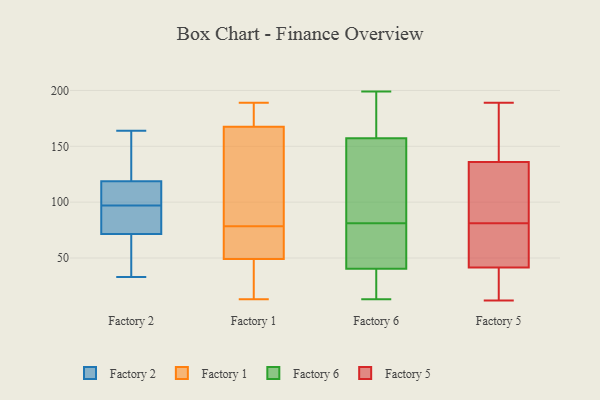
{"axis": {"x": "Headcount", "y": "Value"}, "legend": ["Factory 1", "Factory 2", "Factory 5", "Factory 6"], "data": [{"x": "", "y": 115, "type": "Factory 2"}, {"x": "", "y": 162, "type": "Factory 2"}, {"x": "", "y": 73, "type": "Factory 2"}, {"x": "", "y": 33, "type": "Factory 2"}, {"x": "", "y": 106, "type": "Factory 2"}, {"x": "", "y": 164, "type": "Factory 2"}, {"x": "", "y": 120, "type": "Factory 2"}, {"x": "", "y": 97, "type": "Factory 2"}, {"x": "", "y": 82, "type": "Factory 2"}, {"x": "", "y": 102, "type": "Factory 2"}, {"x": "", "y": 156, "type": "Factory 2"}, {"x": "", "y": 34, "type": "Factory 2"}, {"x": "", "y": 71, "type": "Factory 2"}, {"x": "", "y": 62, "type": "Factory 2"}, {"x": "", "y": 87, "type": "Factory 2"}, {"x": "", "y": 89, "type": "Factory 1"}, {"x": "", "y": 15, "type": "Factory 1"}, {"x": "", "y": 183, "type": "Factory 1"}, {"x": "", "y": 159, "type": "Factory 1"}, {"x": "", "y": 54, "type": "Factory 1"}, {"x": "", "y": 63, "type": "Factory 1"}, {"x": "", "y": 176, "type": "Factory 1"}, {"x": "", "y": 189, "type": "Factory 1"}, {"x": "", "y": 60, "type": "Factory 1"}, {"x": "", "y": 73, "type": "Factory 1"}, {"x": "", "y": 16, "type": "Factory 1"}, {"x": "", "y": 44, "type": "Factory 1"}, {"x": "", "y": 91, "type": "Factory 1"}, {"x": "", "y": 180, "type": "Factory 1"}, {"x": "", "y": 38, "type": "Factory 1"}, {"x": "", "y": 13, "type": "Factory 1"}, {"x": "", "y": 75, "type": "Factory 1"}, {"x": "", "y": 121, "type": "Factory 1"}, {"x": "", "y": 180, "type": "Factory 1"}, {"x": "", "y": 82, "type": "Factory 1"}, {"x": "", "y": 19, "type": "Factory 6"}, {"x": "", "y": 199, "type": "Factory 6"}, {"x": "", "y": 182, "type": "Factory 6"}, {"x": "", "y": 70, "type": "Factory 6"}, {"x": "", "y": 24, "type": "Factory 6"}, {"x": "", "y": 43, "type": "Factory 6"}, {"x": "", "y": 81, "type": "Factory 6"}, {"x": "", "y": 123, "type": "Factory 6"}, {"x": "", "y": 35, "type": "Factory 6"}, {"x": "", "y": 92, "type": "Factory 6"}, {"x": "", "y": 42, "type": "Factory 6"}, {"x": "", "y": 158, "type": "Factory 6"}, {"x": "", "y": 157, "type": "Factory 6"}, {"x": "", "y": 82, "type": "Factory 6"}, {"x": "", "y": 13, "type": "Factory 6"}, {"x": "", "y": 196, "type": "Factory 6"}, {"x": "", "y": 74, "type": "Factory 6"}, {"x": "", "y": 86, "type": "Factory 5"}, {"x": "", "y": 143, "type": "Factory 5"}, {"x": "", "y": 129, "type": "Factory 5"}, {"x": "", "y": 36, "type": "Factory 5"}, {"x": "", "y": 76, "type": "Factory 5"}, {"x": "", "y": 47, "type": "Factory 5"}, {"x": "", "y": 147, "type": "Factory 5"}, {"x": "", "y": 120, "type": "Factory 5"}, {"x": "", "y": 12, "type": "Factory 5"}, {"x": "", "y": 64, "type": "Factory 5"}, {"x": "", "y": 30, "type": "Factory 5"}, {"x": "", "y": 189, "type": "Factory 5"}]}